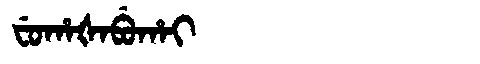
Manchu: ᠸᡠᡥᠠᡧᠠᠪᡠᡥᠠᡳ
Romanization: FUHAŠABUHAI